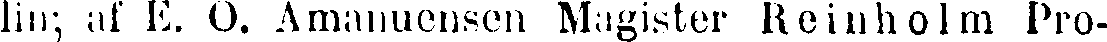
lin; af E. O. Amanuensen Magister Reinholm Pro-